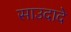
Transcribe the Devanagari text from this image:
साउदादे